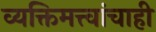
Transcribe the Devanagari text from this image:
व्यक्तिमत्त्वांचाही